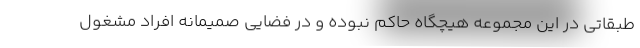
طبقاتي در اين مجموعه هيچگاه حاكم نبوده و در فضايي صميمانه افراد مشغول